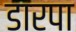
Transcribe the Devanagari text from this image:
डारपा